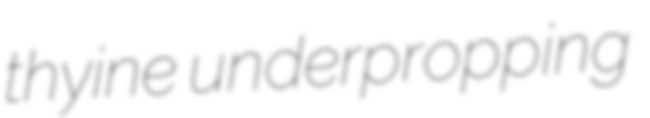
thyine underpropping